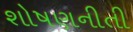
શોષણનીતી